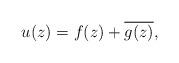
LaTeX: \begin{align*} u(z) = f(z)+\overline{g(z)},\end{align*}